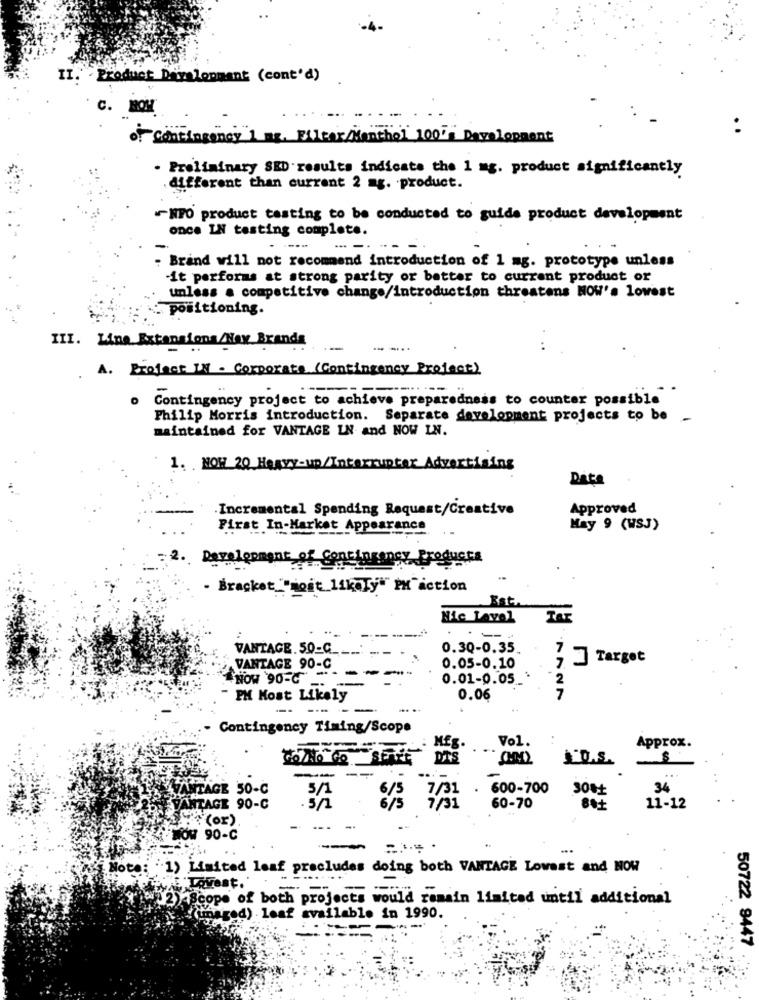
Product Development (cont'd)
C. NON
of Contingency 1 mg, Filter Menthol 100 Development
. Preliminary SED results indicate the 1 mg. product significantly
. different than current 2 ag. product.
-NPO product tasting to be conducted to guide product development
once IN testing complete.
... -.
- Brand will not recommend introduction of 1 mg. prototype unless
it performs at strong parity or better to current product or
unless a competitive change/introduction threatens NOW's lowest
positioning.
III. Line Extensions/Her Branda
-
--..
..
A. Project IN - Corporate (Contingency Project)
o Contingency project to achieve preparedness to counter possible
Philip Morris introduction. Separate development projects to be -
maintained for VANTAGE IN and NOW IN.
1. HOW 20 Heavy-up/Interruptor Advertising
Date
Incremental Spending Request/Creative
Approved
First In-Market Appearance
May 9 (WSJ)
. Development of Contingency Products
- Bracket_"most likely" MM action
Est.
Nic Lavel
---
----
VANTAGE. 50-G _.
0.30-0.35.
Target
VANTAGE 90-C
NOW '90- ---
0.05-0.10
0.01-0.05_
- PM Most Likely
0.06
.7727
--
Contingency Timing/Scope
Approx.
....
Vol.
DTS
L.D.S.
AVANTAGE 50-C
600-700
30€
34
5/1
7/31
VANTAGE 90-C
8 /5
60-70
80+
11-12
(or)
- -- -
WOW 90-C
- -- -
...
Note:
1) Limited leaf precludes doing both VANTAGE Lowest and NOW
2) Scope of both projects would remain limited until additional
"unaged) leaf available in 1990.
50722 9447